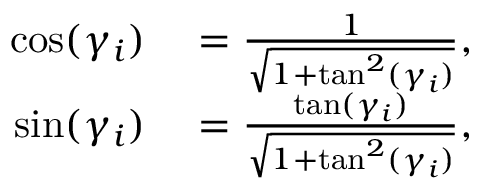
\begin{array} { r l } { \cos ( \gamma _ { i } ) } & { { } = { \frac { 1 } { \sqrt { 1 + \tan ^ { 2 } ( \gamma _ { i } ) } } } , } \\ { \sin ( \gamma _ { i } ) } & { { } = { \frac { \tan ( \gamma _ { i } ) } { \sqrt { 1 + \tan ^ { 2 } ( \gamma _ { i } ) } } } , } \end{array}